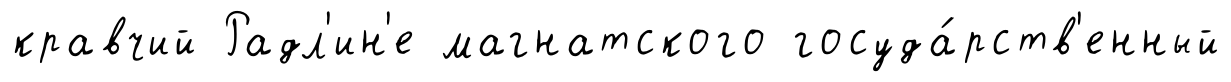
кравчий Радл'ин'е магнатского госуда́рств'енный